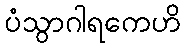
ပံသွာဂါရကေဟိ